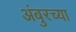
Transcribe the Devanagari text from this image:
अंबुरच्या